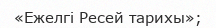
«Ежелгі Ресей тарихы»;